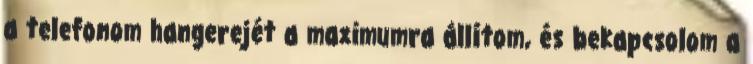
a telefonom hangerejét a maximumra állítom, és bekapcsolom a